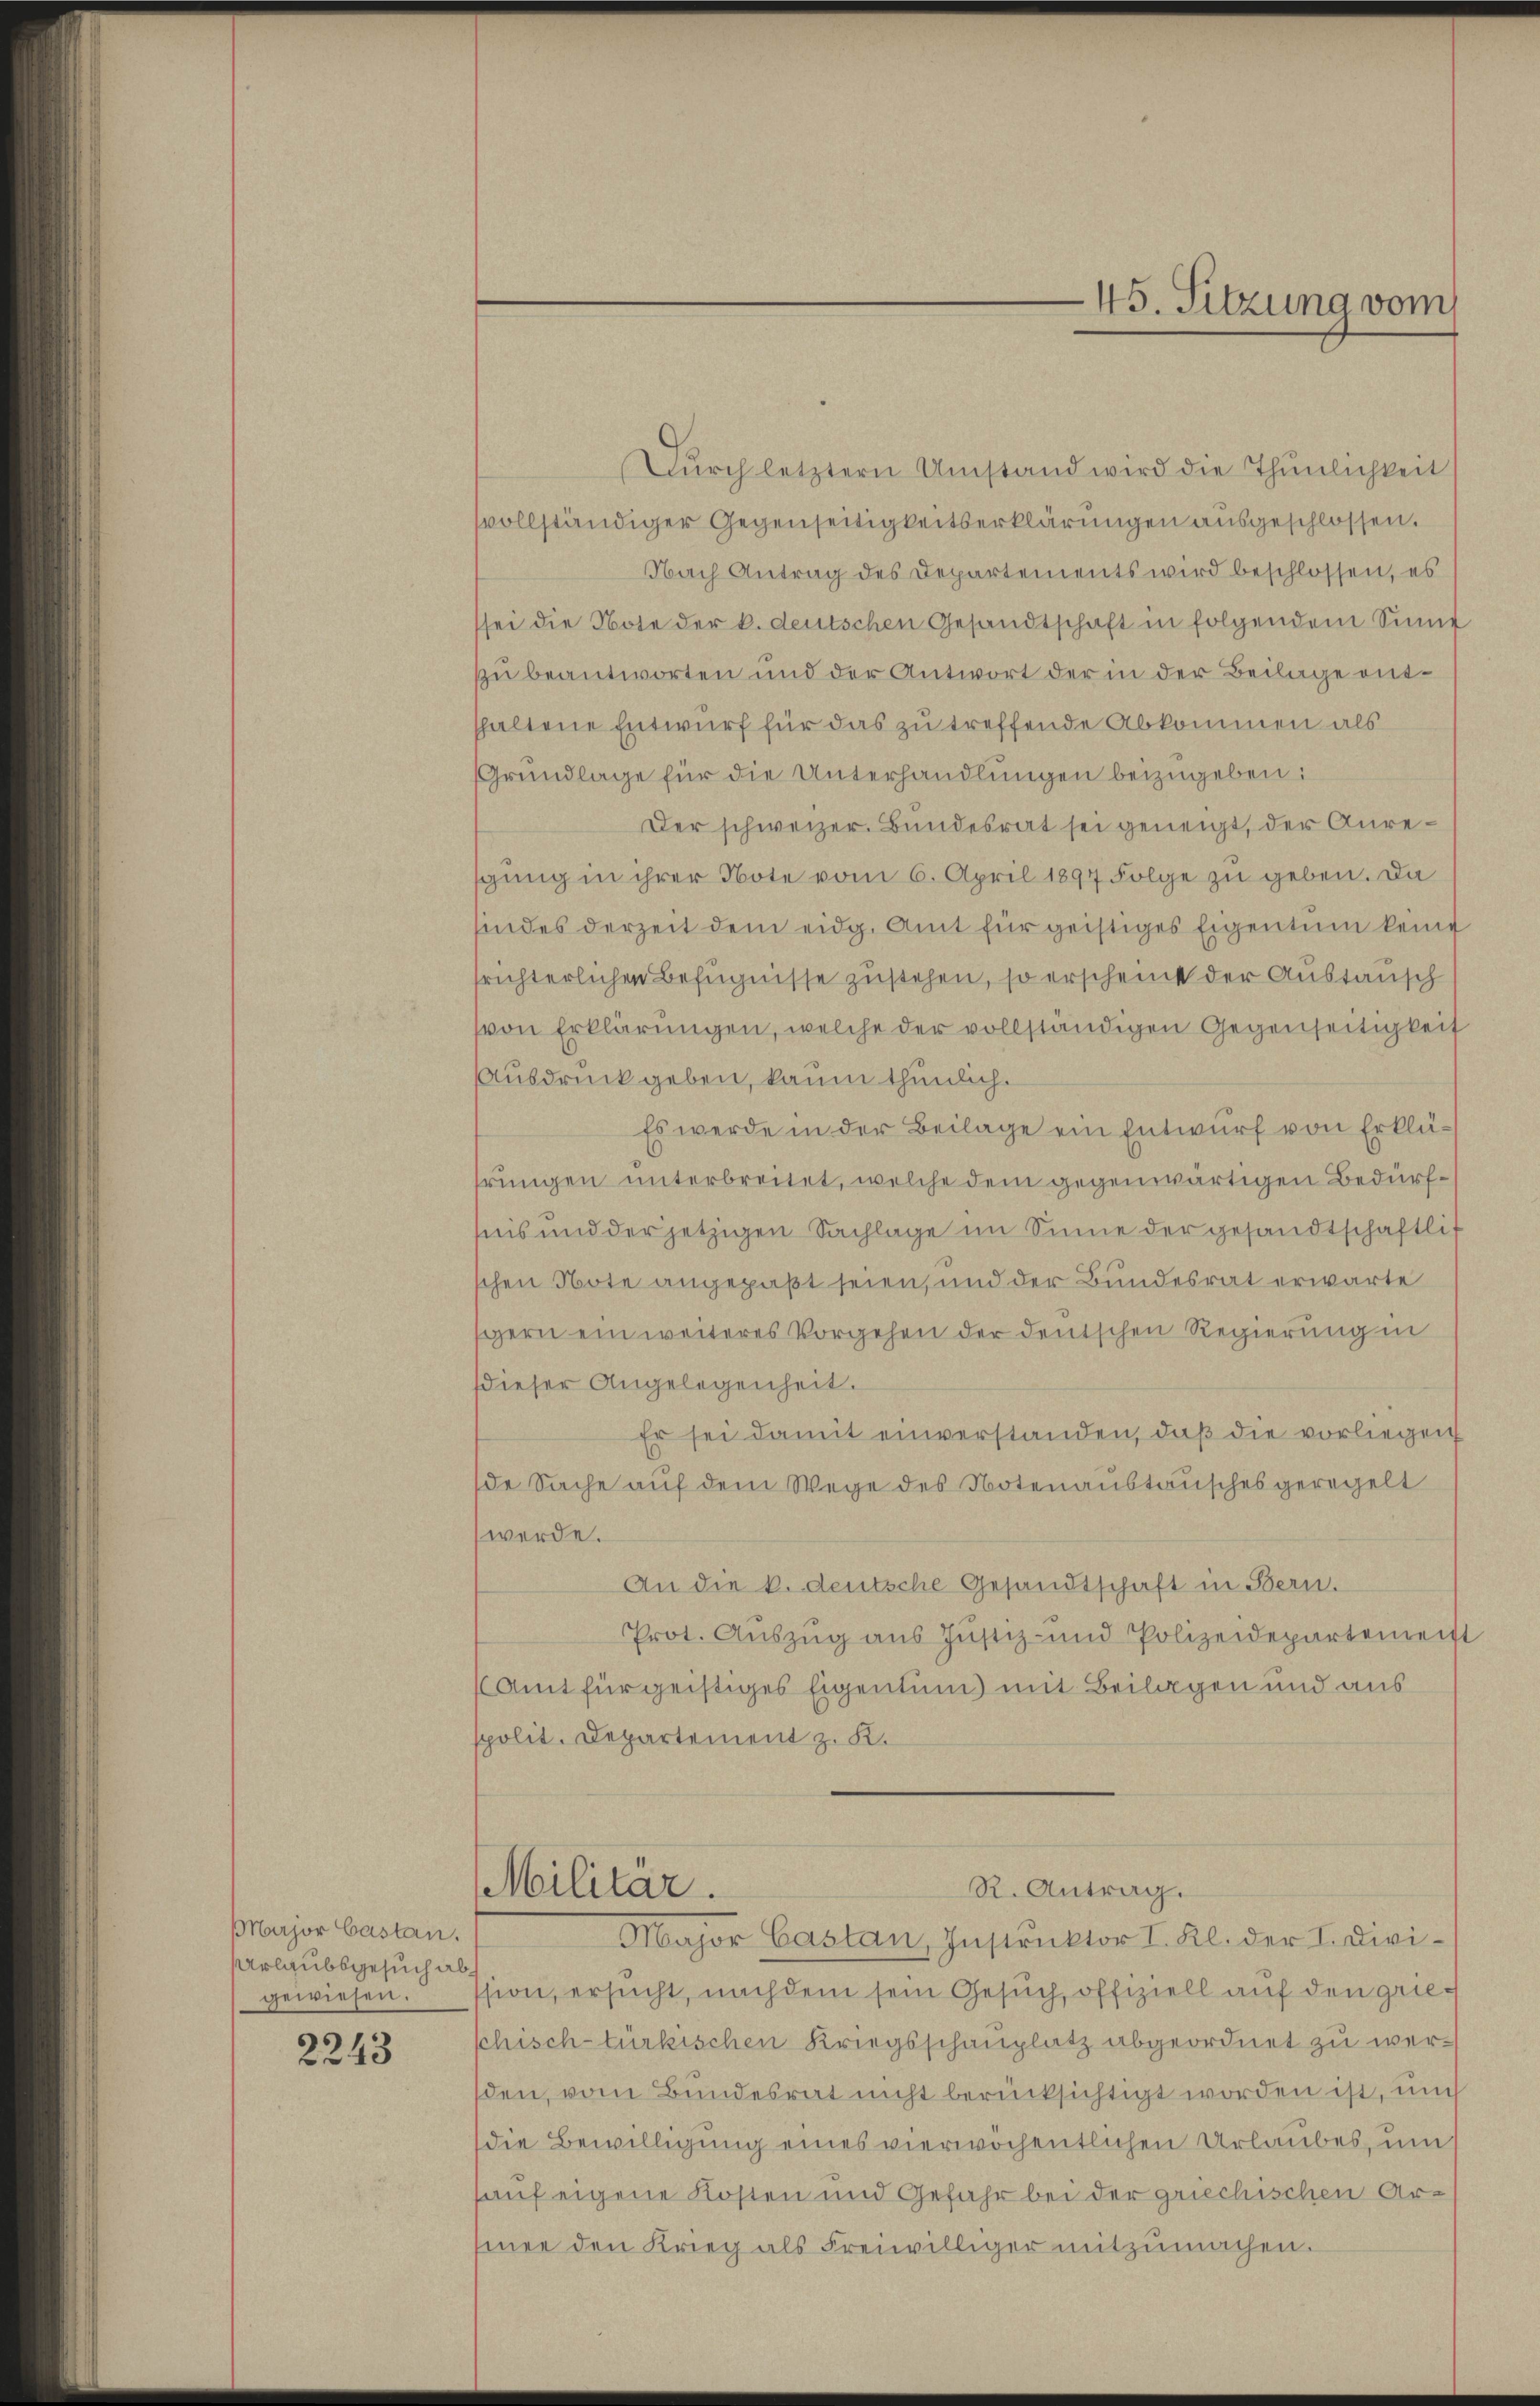
Major Castan
Urlaubsgesuch abgewiesen.

2243

Dŭrch letztern Umstand wird die Thunlichkeit
vollständiger Gegenseitigkeitserklärungen ausgeschlossen.
Nach Antrag des Departements wird beschlossen, es
sei die Note der k. deutschen Gesandtschaft in folgendem Sinne
zu beantworten und der Antwort der in der Beilage entshaltene Entwurf für das zu treffende Abkommen als
Grundlage für die Unterhandlungen beizugeben:
Der schweizer. Bundesrat sei geneigt, der Anresgang in ihrer Note vom 6. April 1897 Folge zu geben. Da
sindes derzeit dem eidg. Amt für geistiges Eigentum keine
frichterlichen Befugnisse zustehen, so erscheint der Austausch
von Erklärungen, welche der vollständigen Gegenseitigkeit
Ausdruck geben, kaum thunlich.
Es werde in der Beilage ein Entwurf von Erklährungen unterbreitet, welche dem gegenwärtigen Bedürfseis und der jetzigen Sachlage im Sinne der gesandtschaftlic
schen Note angepaßt seien, und der Bundesrat erwarte
gern ein weiteres Vorgehen der deutschen Regierung in
dieser Angelegenheit.
Er sei damit einverstanden, daß die vorliegen
de Sache auf dem Wege des Notenanstausches geregelt
werde.
An die k. deutsche Gesandtschaft in Bern.
Prot. Auszug aus Justiz- und Polizeidepartemeist
(Amt für geistiges Eigentum mit Beilagen und aus
spolit. Departement z. K.
R. Antrag.
Militar.
Major Castan, Instruktor I. Kl. der I. Divission, ersucht, nachdem sein Gesuch, offiziell auf den grieschisch-türkischen Kriegsschauplatz abgeordnet zu werden, vom Bundesrat nicht berücksichtigt worden ist, un
die Bewilligung eines vierwöchentlichen Urlaubes, um
hauf eigene Kosten und Gefahr bei der griechischen Arsiner den Krieg als Freiwilliger mitzumachen.

45. Sitzung vom